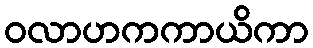
ဝလာဟကကာယိကာ